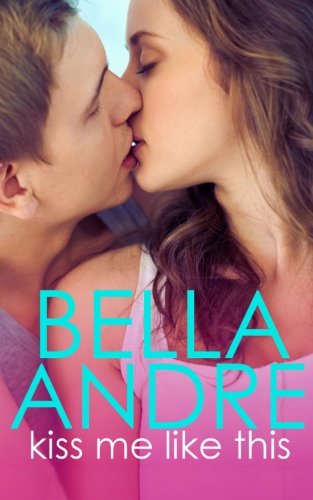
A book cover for Kiss Me Like This: The Morrisons (New Adult Contemporary Romance) (Volume 1); Bella Andre; Romance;